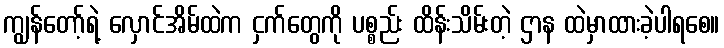
ကျွန်တော့်ရဲ့ လှောင်အိမ်ထဲက ငှက်တွေကို ပစ္စည်း ထိန်းသိမ်းတဲ့ ဌာန ထဲမှာထားခဲ့ပါရစေ။